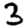
Digit: 3